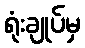
ရုံးချုပ်မှ